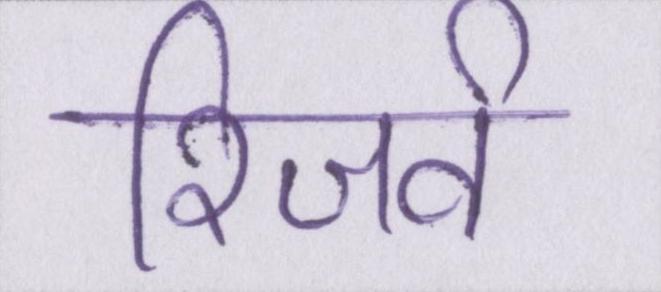
रिजर्व